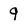
Character: 9